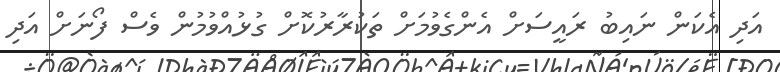
އަދި އެކަން ނައިބު ރައީސަށް އެންގެވުމަށް ތަކުރާރުކޮށް ގުޅުއްވުމުން ވެސް ފޯނަށް އަދި